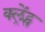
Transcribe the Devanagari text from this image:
क्ल्रेंट्स